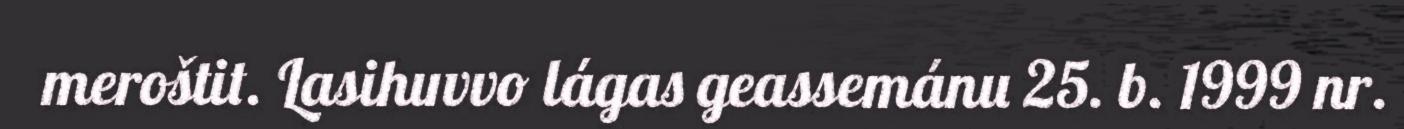
meroštit. Lasihuvvo lágas geassemánu 25. b. 1999 nr.